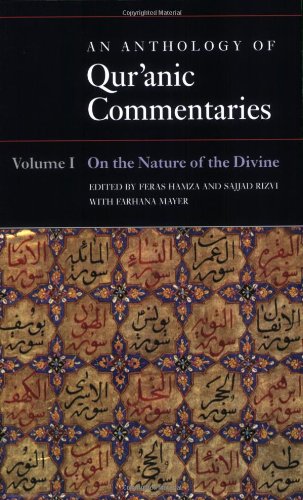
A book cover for An Anthology of Qur'anic Commentaries: Volume 1: On the Nature of the Divine (Qur'anic Studies Series); Feras Hamza; Religion & Spirituality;